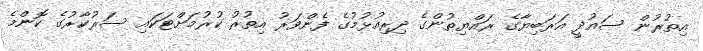
އިތުރުން ސައުދީ އަރަބިޔާގެ ރައްޔިތުންގެ ދިރިއުޅުމުގެ ފެންވަރު އިތުރު ކުރުމަށްޓަކައި ސަރުކާރުގެ ކޮންމެ